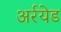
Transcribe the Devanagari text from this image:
अर्रयेड